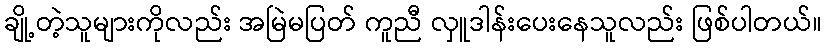
ချို့တဲ့သူများကိုလည်း အမြဲမပြတ် ကူညီ လှူဒါန်းပေးနေသူလည်း ဖြစ်ပါတယ်။